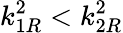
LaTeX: k_{1R}^{2}<k_{2R}^{2}